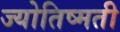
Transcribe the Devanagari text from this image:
ज्योतिष्मती